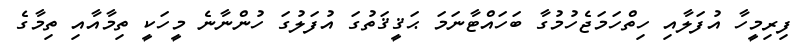
ފިރިމީހާ އުފަލާއި ހިތްހަމަޖެހުމުގާ ބަހައްޓާނަމަ ޙަޤީޤަތުގަ އުފަލުގަ ހުންނާނެ މީހަކީ ތިމާއާއި ތިމާގެ